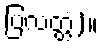
ပြလတ္တံ)။